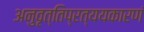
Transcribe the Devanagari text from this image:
अनुवृत्तिप्रत्ययकारणं